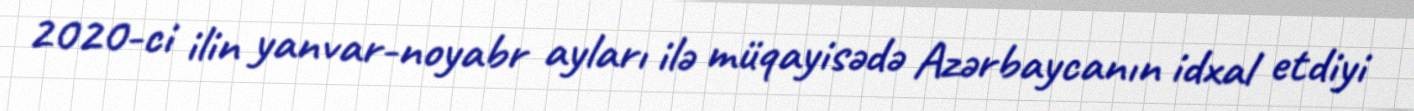
2020-ci ilin yanvar-noyabr ayları ilə müqayisədə Azərbaycanın idxal etdiyi